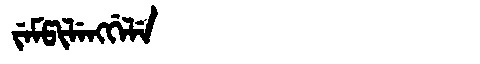
Manchu: ᠵᡝᠮᡦᡳᠯᡝᠩᡤᡝᠯᡝ
Romanization: JEMPILENGGELE